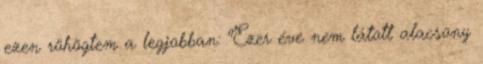
ezen röhögtem a legjobban: "Ezer éve nem látott alacsony